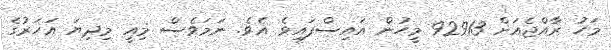
މަހު ރާއްޖެއަށް 92913 މީހުން އައިސްފައިވެ އެވެ. ނަމަވެސް މިއީ މިދިޔަ އަހަރުގެ